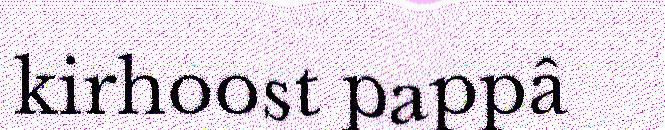
kirhoost pappâ